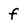
Character: f